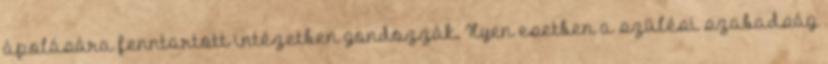
ápolására fenntartott intézetben gondozzák. Ilyen esetben a szülési szabadság